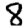
Digit: 8